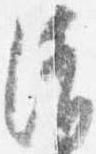
清